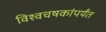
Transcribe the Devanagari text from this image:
विश्वचषकांपर्यंत